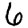
Digit: 6